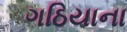
ગઠિયાના